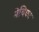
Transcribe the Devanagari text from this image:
मेथिका